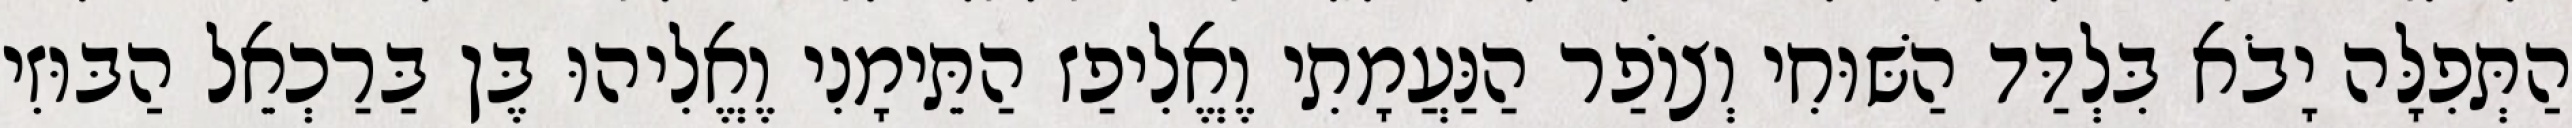
הַתְּפִלָּה יָבֹא בִּלְדַּד הַשּׁוּחִי וְצוֹפַר הַנַּעֲמָתִי וֶאֱלִיפַז הַתֵּימָנִי וֶאֱלִיהוּ בֶּן בַּרַכְאֵל הַבּוּזִי